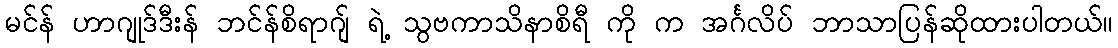
မင်န် ဟာဂျုဒ်ဒီးန် ဘင်န်စိရာဂျ် ရဲ့ သွဗကာသိနာစိရီ ကို က အင်္ဂလိပ် ဘာသာပြန်ဆိုထားပါတယ်။